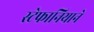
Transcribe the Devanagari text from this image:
स्टेफानियाने